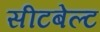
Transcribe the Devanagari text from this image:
सीटबेल्‍ट